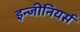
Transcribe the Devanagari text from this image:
इन्जीनियर्स